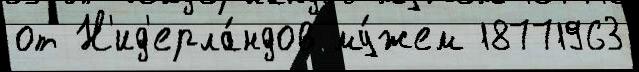
от Н'ид'ерла́ндов му́жем 18771963